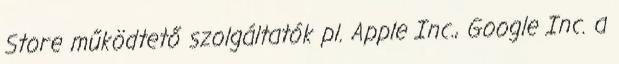
Store működtető szolgáltatók pl. Apple Inc., Google Inc. a